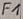
Text: F1